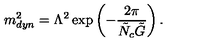
m _ { d y n } ^ { 2 } = \Lambda ^ { 2 } \exp \left( - \frac { 2 \pi } { \tilde { N } _ { c } \tilde { G } } \right) .